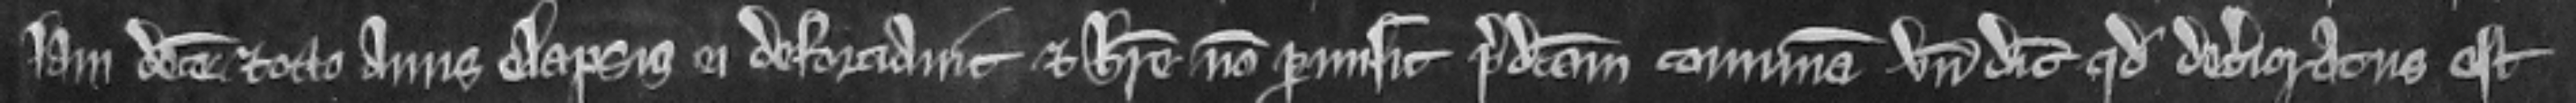
Iam deceme et octo annis elapsis ei deforciavit et habere non permisit predictam comunam vnde dicit quod deterioratus est